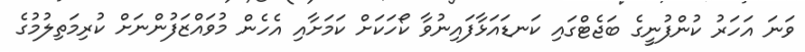
ވަނަ އަހަރު ކުންފުނީގެ ބަޖެޓްގައި ކަނޑައަޅާފައިނުވާ ކޯހަކަށް ކަމަށާއި އެހެން މުވައްޒަފުންނަށް ކުރިމަތިލުމުގެ